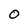
Character: 0